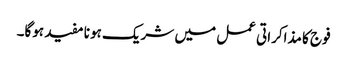
فوج کا مذاکراتی عمل میں شریک ہونا مفید ہوگا۔